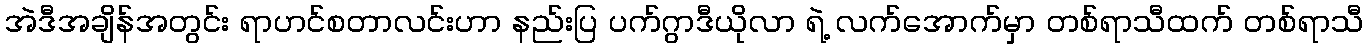
အဲဒီအချိန်အတွင်း ရာဟင်စတာလင်းဟာ နည်းပြ ပက်ဂွာဒီယိုလာ ရဲ့ လက်အောက်မှာ တစ်ရာသီထက် တစ်ရာသီ